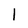
Character: l